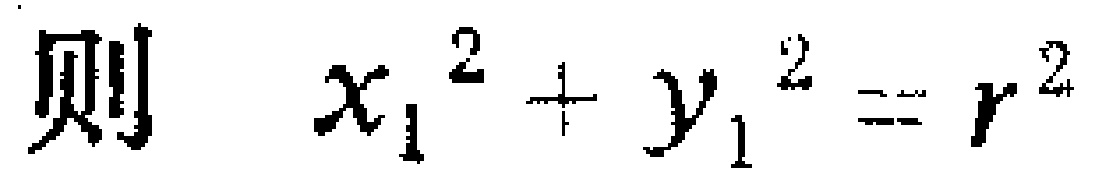
则 \(x_{1}^{2}+y_{1}^{2}=r^{2}\)